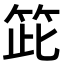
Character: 𥬳